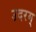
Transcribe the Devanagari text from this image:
उदरम्‌